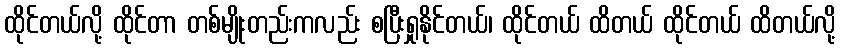
ထိုင်တယ်လို့ ထိုင်တာ တစ်မျိုးတည်းကလည်း စပြီးရှုနိုင်တယ်၊ ထိုင်တယ် ထိတယ် ထိုင်တယ် ထိတယ်လို့